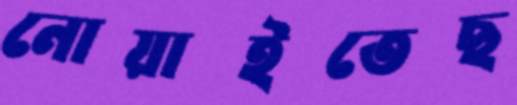
নোয়াইতেছ